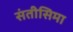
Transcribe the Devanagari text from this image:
संतीसिमा